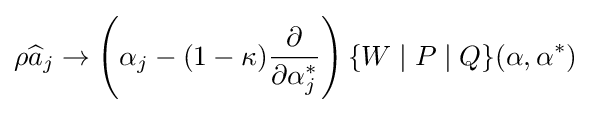
\rho {\widehat {a}}_{j}\rightarrow \left(\alpha _{j}-(1-\kappa ){\frac {\partial }{\partial \alpha _{j}^{*}}}\right)\{W\mid P\mid Q\}(\mathbf {\alpha } ,\mathbf {\alpha } ^{*})